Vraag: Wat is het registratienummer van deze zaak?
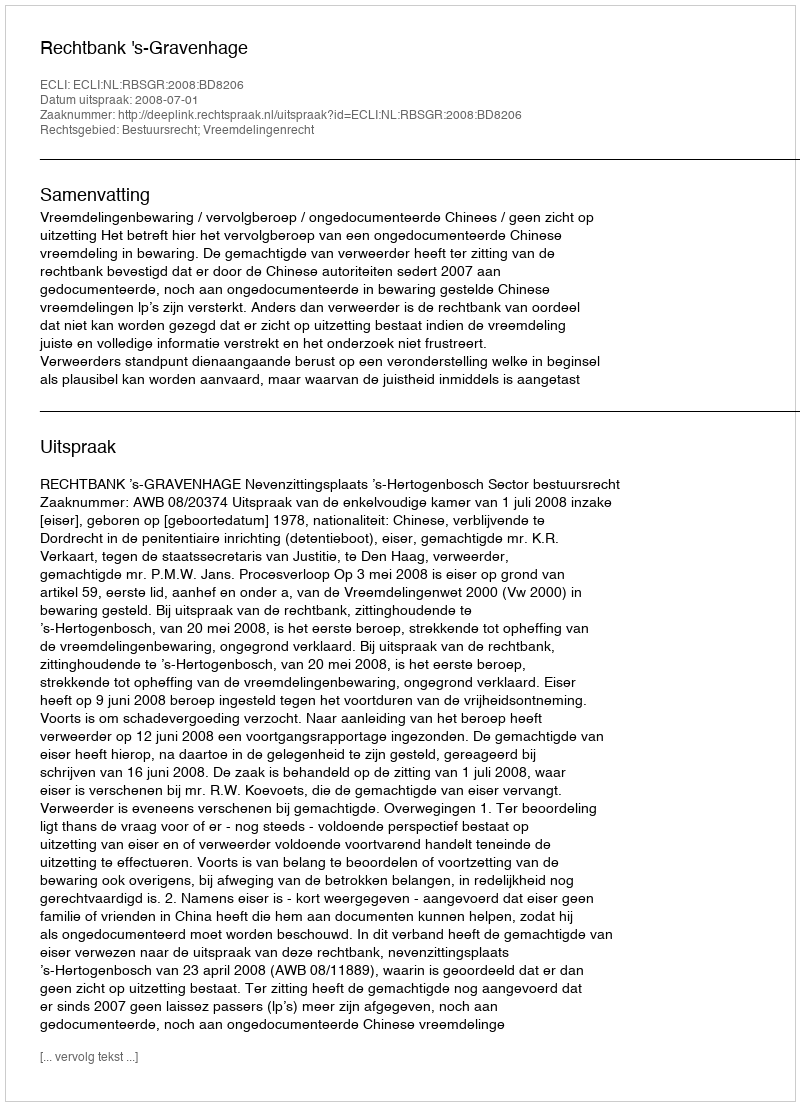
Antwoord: http://deeplink.rechtspraak.nl/uitspraak?id=ECLI:NL:RBSGR:2008:BD8206